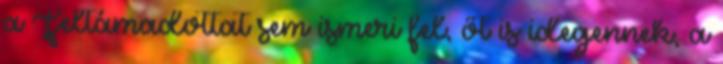
a Feltámadottat sem ismeri fel, őt is idegennek, a